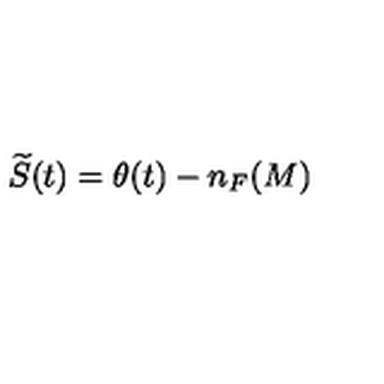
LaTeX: \widetilde { S } ( t ) = \theta ( t ) - n _ { F } ( M )